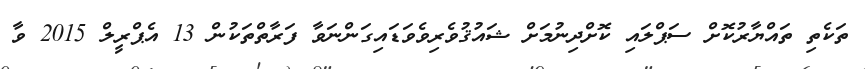
ތަކެތި ތައްޔާރުކޮށް ސަޕްލައި ކޮށްދިނުމަށް ޝައުޤުވެރިވެވަޑައިގަންނަވާ ފަރާތްތަކުން 13 އެޕްރީލް 2015 ވާ